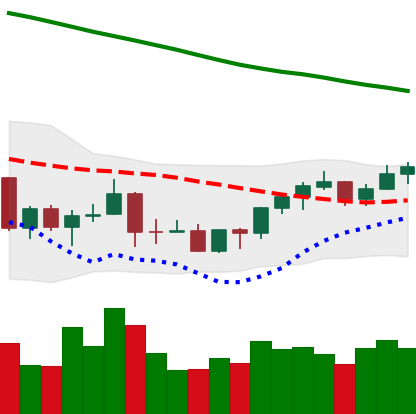
Ticker: BNB-USD
Chart end date: 2022-03-23
Forward return: 5.331%
Label: up_5_7